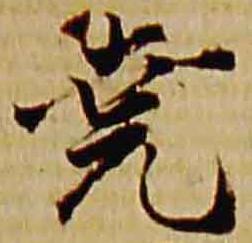
尭